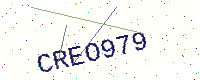
Text: CREO979